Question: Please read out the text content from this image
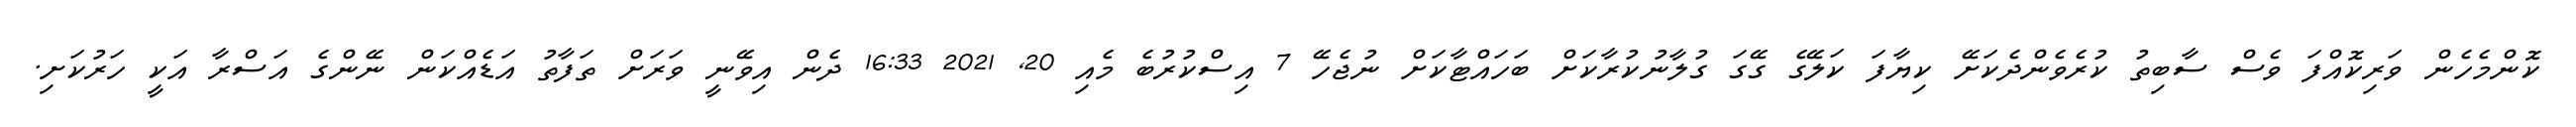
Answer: ކޮންމެހެން ވަރިކޮއްފަ ވެސް ސާބިތު ކުރެވެންދެކަށޭ ކިޔާފަ ކަލޭގެ ގޭގަ ގުލާނުކުރާކަށް ބަހައްޓާކަށް ނުޖެހޭ 7 އިސްކުރުބެ މެއި 20, 2021 16:33 ދެން އިވޭނީ ވަރަށް ތަފާތު އަޑެއްކަން ނޭންގެ އަސްރާ އަކީ ހަރުކަށި.